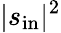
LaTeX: |s_{\mathrm{in}}|^{2}